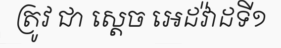
ត្រូវ ជា ស្តេច អេដវ៉ាដទី១